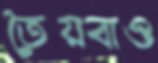
তৈয়বাও